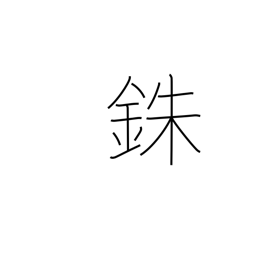
Meaning: percent